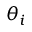
\theta _ { i }